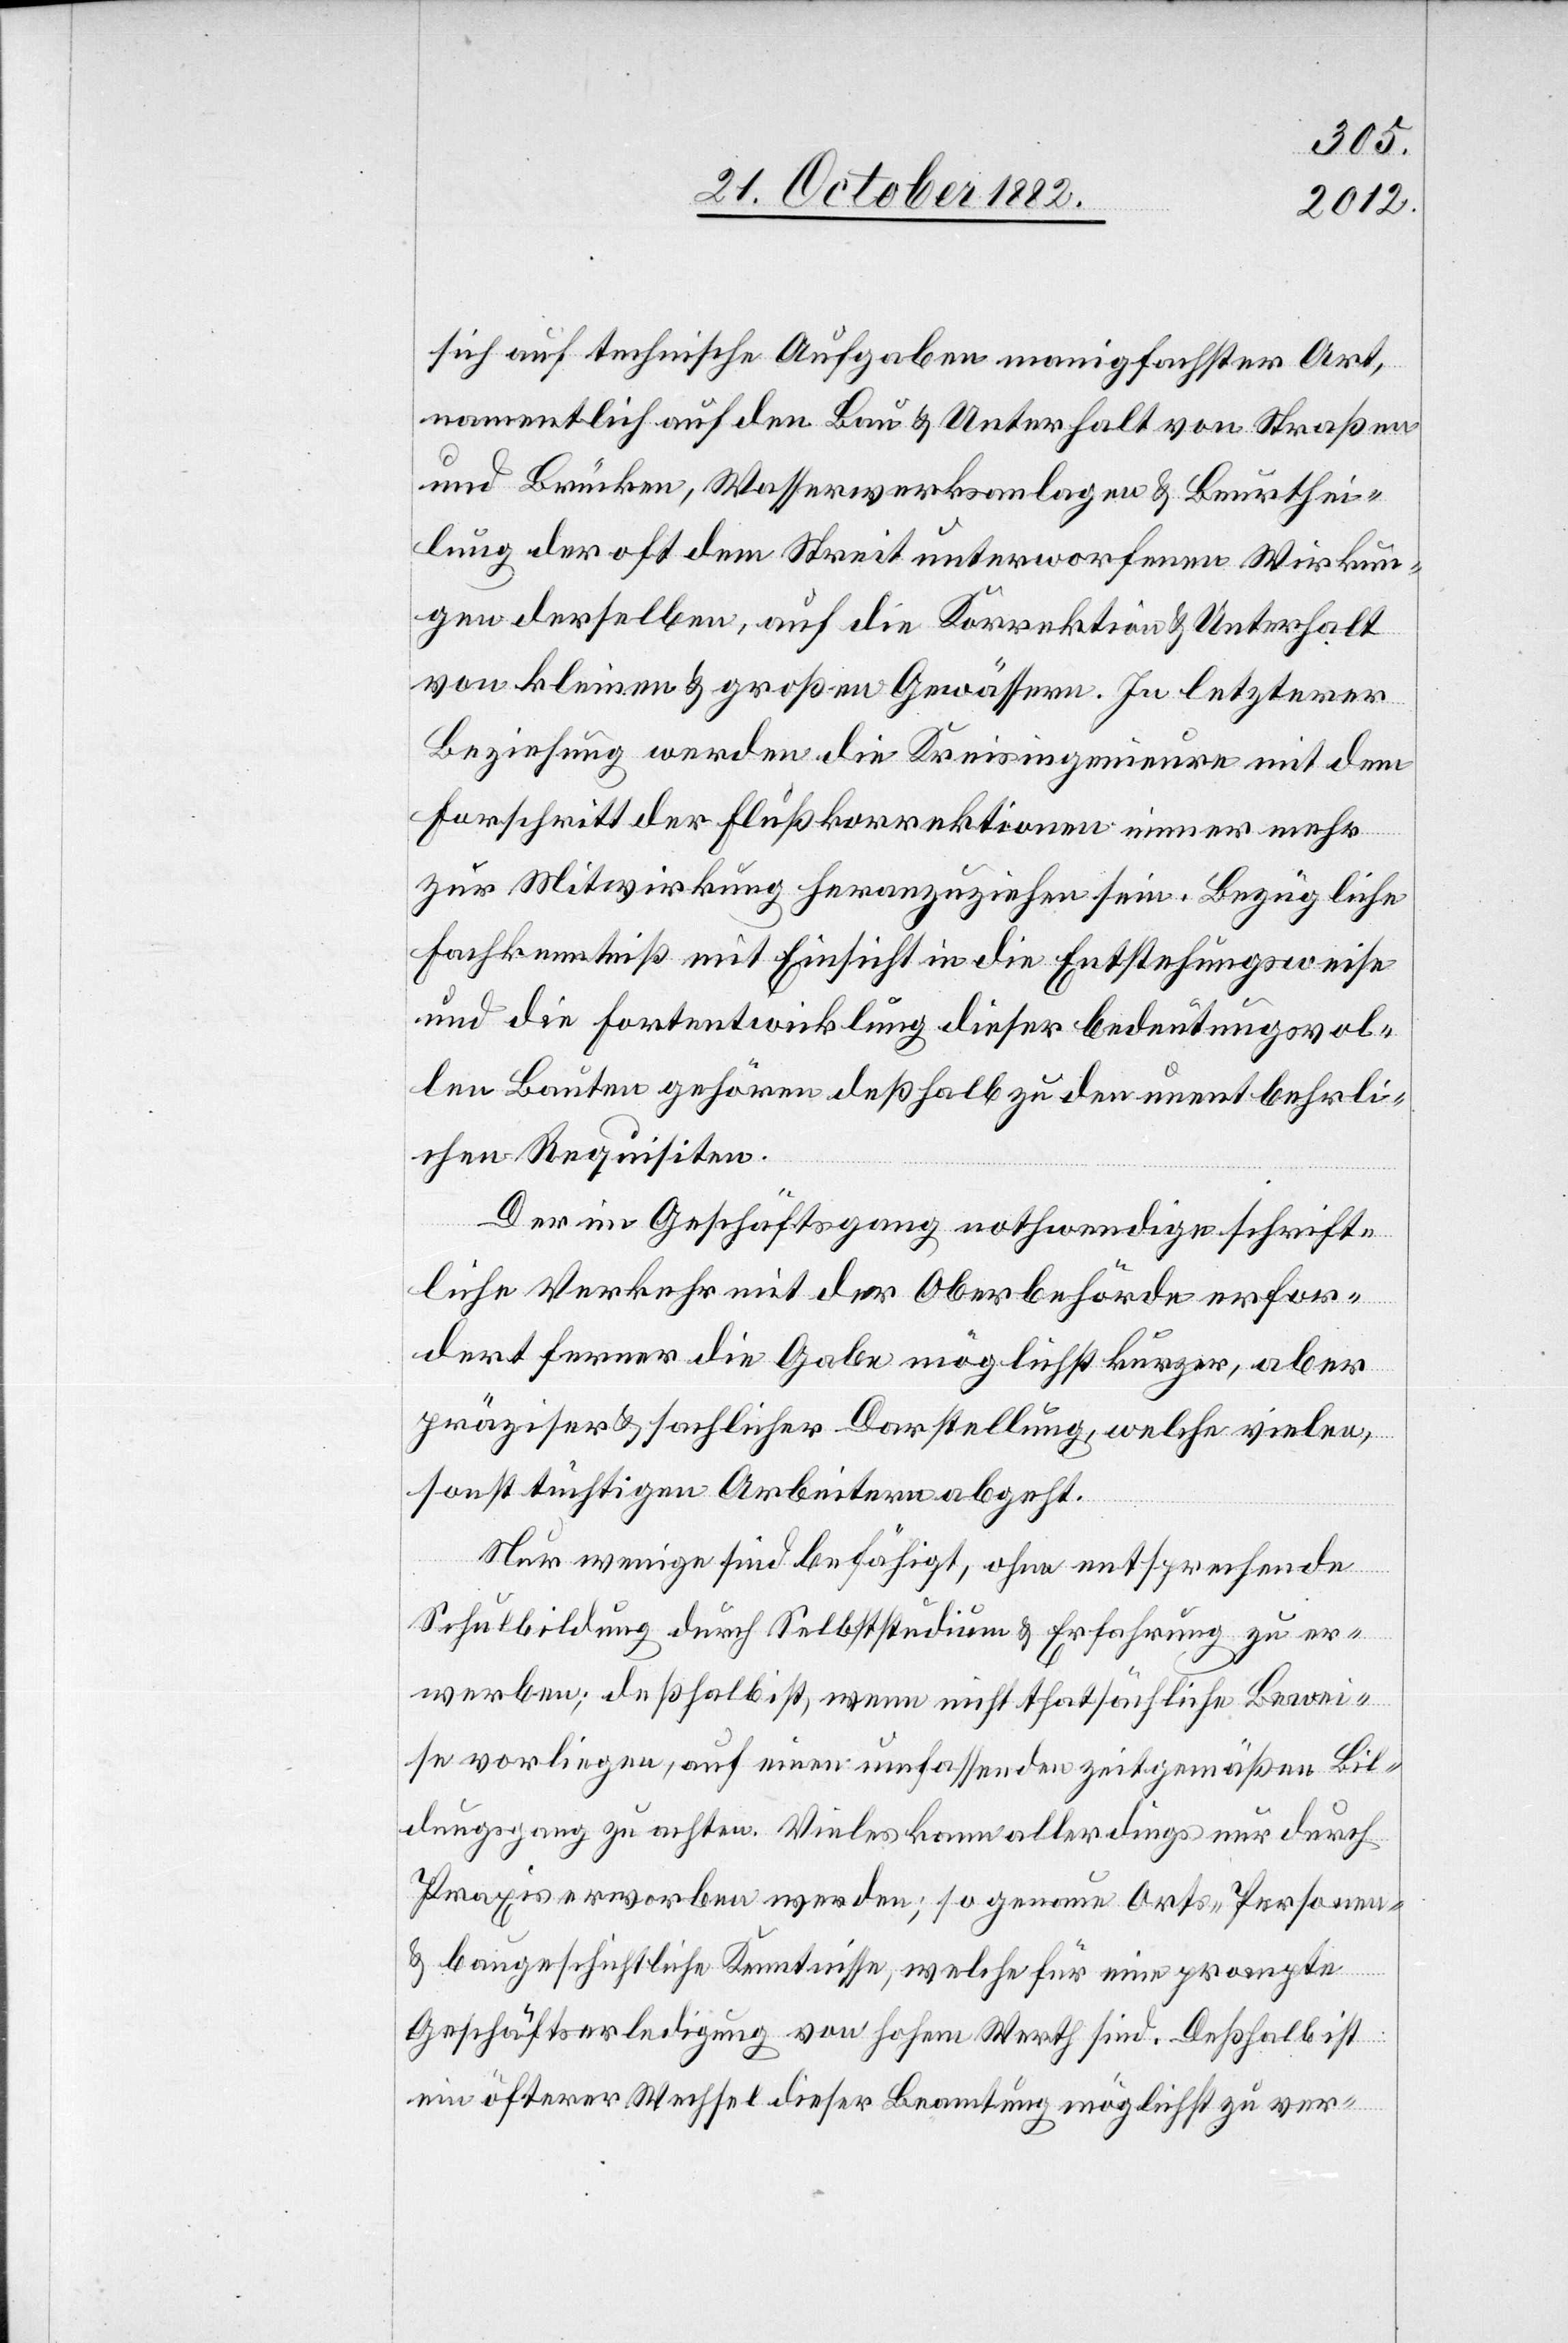
sich auf technische Aufgaben manigfachster Art
namentlich auf den Bau & Unterhalt von Straßen
und Brücken, Wasserwerksanlagen & Beurthei¬
lung der oft dem Streit unterworfenen Wirkun¬
gen derselben, auf die Korrektion & Unterhalt
von kleinen & großen Gewässern. In letzterer
Beziehung werden die Kreisingenieure mit dem
For[t]schritt der Flußkorrektionen immer mehr
Bewei¬
zur Mitwirkung heranzuziehen sein. Bezügliche
Fachkenntniß mit Einsicht in die Entstehungsweise
und die Fortentwicklung dieser bedeutungsvol¬
en [recte: gehört] deßhalb zu den unentbehrli¬
chsten Requisiten.
Der im Geschäftsgang nothwendige schrift¬
liche Verkehr mit der Oberbehörde erfor¬
dert ferner die Gabe möglichst kurzer, aber
präziser & sachlicher Darstellung, welche vielen,
sonst tüchtigen Arbeitern abgeht.
Nur wenige sind befähigt, ohne entsprechende
Schulbildung durch Selbststudium & Erfahrung zu er¬
se vorliegen, auf einen umfassenden zeitgemäßen Bil¬
dungsgang zu achten. Vieles kann allerdings nur durch
Praxis erworben werden; so genaue Orts- Personen-
& baugeschichtliche Kenntnisse, welche für eine prompte
Geschäftserledigung von hohem Werth sind. Deßhalb ist
ein öfterer Wechsel dieser Beamtung möglichst zu ver-

len